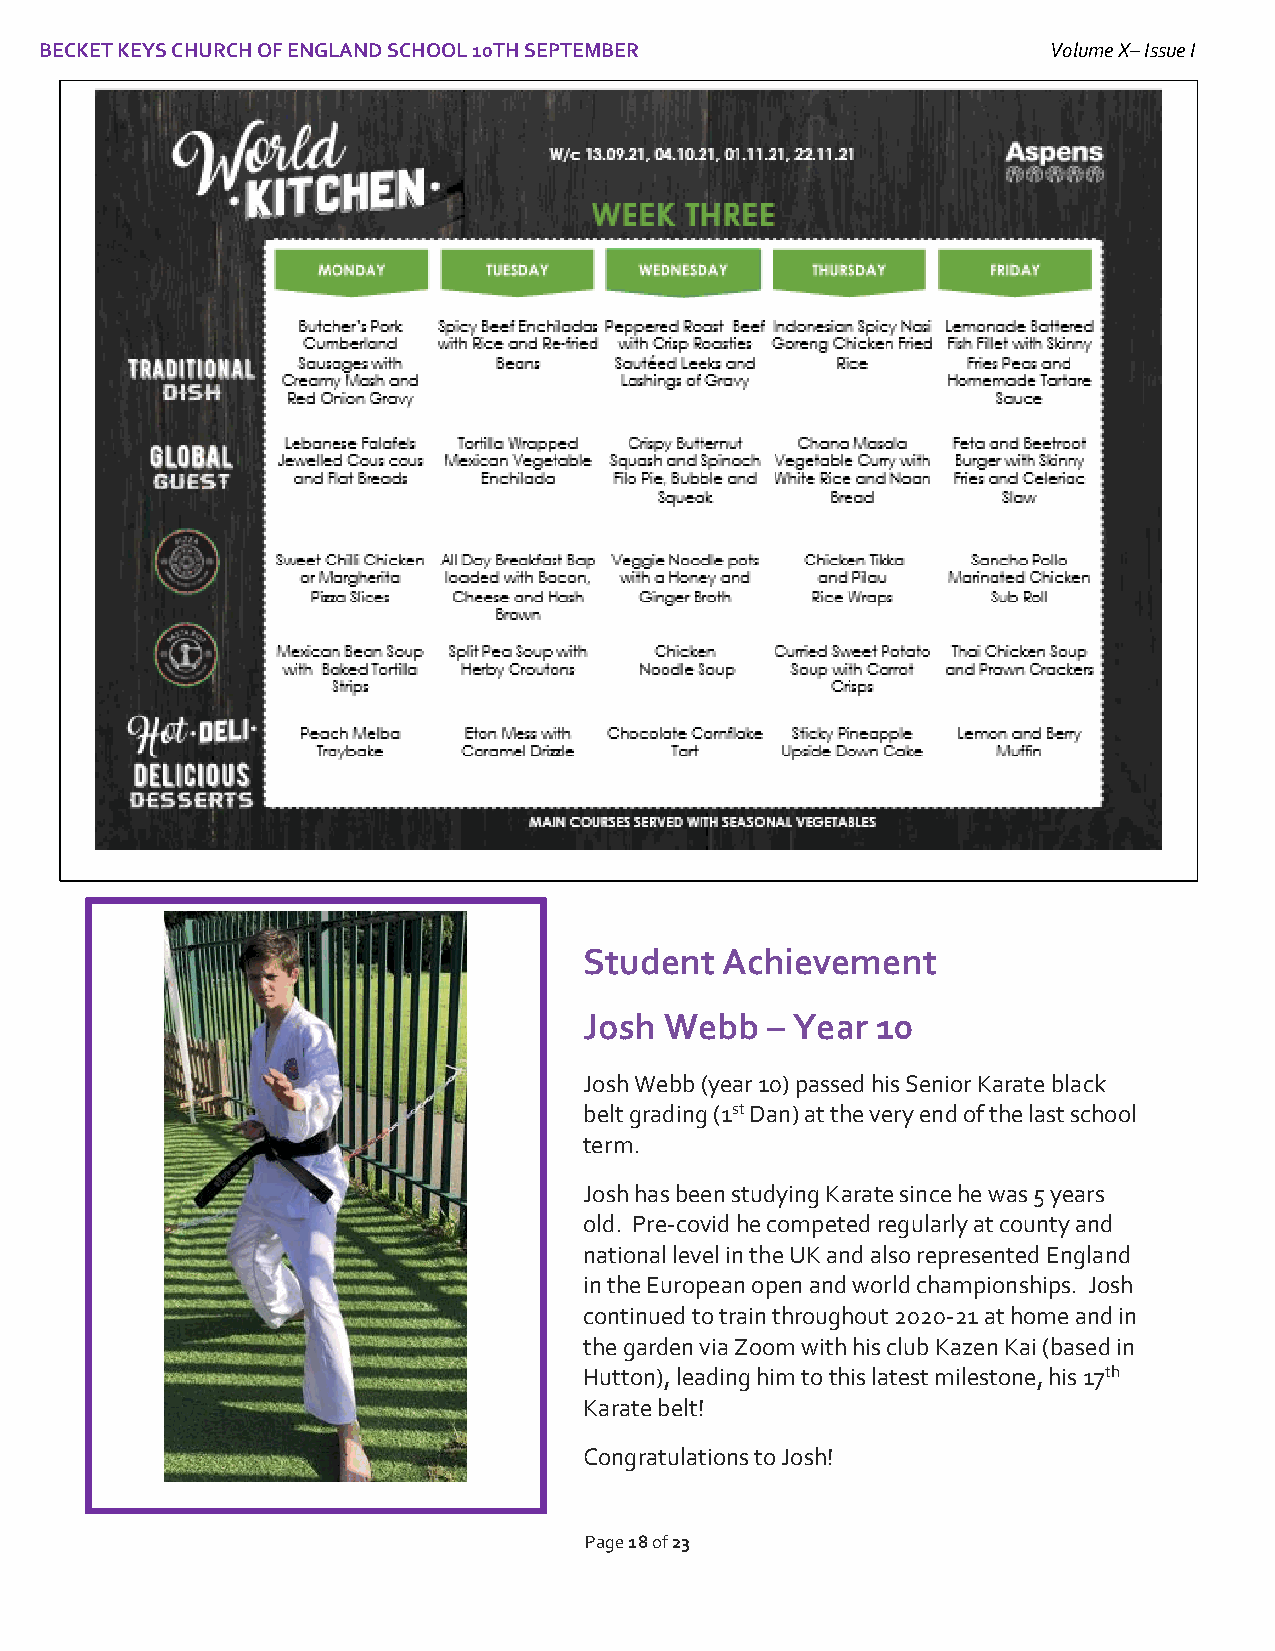
BECKET KEYS CHURCH OF ENGLAND SCHOOL 10TH SEPTEMBER                Volume X– Issue I
 I
 Student  Achievement
 Josh Webb   – Year 10
 Josh Webb (year 10) passed his Senior Karate black
 belt grading (1st Dan) at the very end of the last school
 term.
 Josh has been studying Karate since he was 5 years
 old. Pre-covid he competed regularly at county and
 national level in the UK and also represented England
 in the European open and world championships. Josh
 continued to train throughout 2020-21 at home and in
 the garden via Zoom with his club Kazen Kai (based in
 Hutton), leading him to this latest milestone, his 17th
 Karate belt!
 Congratulations to Josh!
 Page 18 of 23